Annual report on the working of the lock hospitals in the Central Provinces
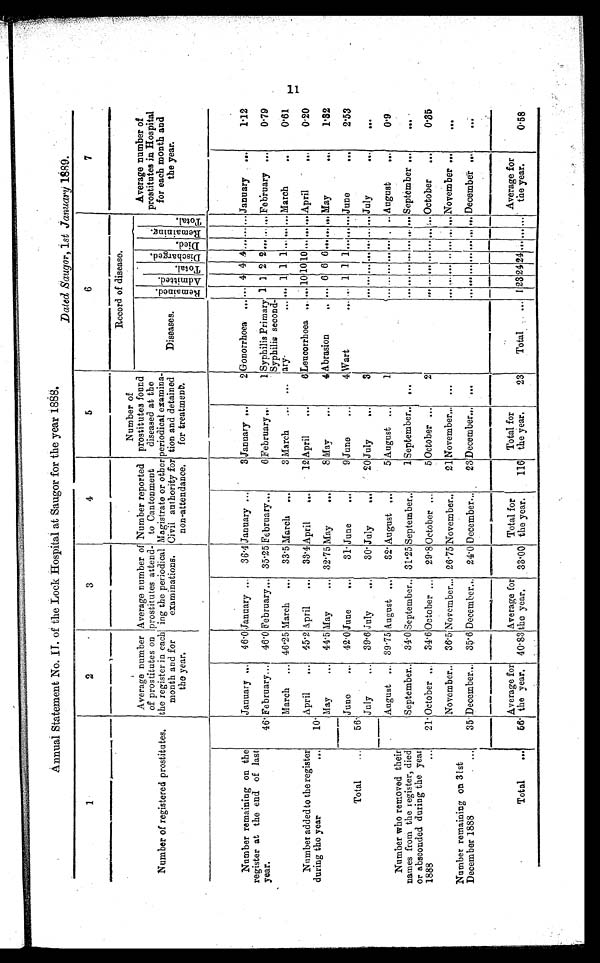
Annual Statement No. IL of the Lock Hospital at Saugor for the year 1888.
Dated Saugor, 1st January 1889.
1
2
3
4
5
6
7
Number of registered prostitutes.
Average number
of prostitutes on
the register in each
month and for
the year.
Average number of
prostitutes attend-
ing the periodical
examinations.
Number reported
to Cantonment
Magistrate or other
Civil authority for
non-attendance.
Number of
prostitutes found
diseased at the
periodical examina
-tion and detained
for treatment
Record of disease.
Average number of
prostitutes in Hospital
for each month and
the year.
Diseases.
R e m a i n e d . A d m i t t e d
T o t a l
D i s c h a r r g e d .
D i e d . R e m a i n i n g
T o t a l
Number remaining on the
register at the end of last
year.
January...
46.0 January...
36.4 January...
3 January...
2 Gonorrhœa ... . . . 4 4 .4 ... ... ... January
. . .
1.12
46 February...
46.0 February... 35.25 February...
6 February...
1 Syphilis Primary 1 3 2 2 ... ... ... February ...
0.79
March
... 46.25 March
...
33.5 March ...
3 March
... ...
Syphilis second-
ary... ... 1 1 1... ... ... March
. . .
0.61
Number added to there register
during the year...
April
...
45.2 April
...
33.4 April
...
12 April
...
6 Leucorrhœa ... .. 10 10 10 ... ... ... April
...
0.20
10
May
. . . 44.5 May
... 32.75 May
...
8 May...
4 Abrasion
. . . ... 6 6 6 . . . . . . ... May
. . .
1.32
Total
...
56
June
...
42.0 June
...
31 June
. . .
9 June
...
4 Wart
. . .
. . . 1 1
1 ... . . . . . . June
. . .
2.53
July
. . . 39.6 July
...
30 July
. . .
20 July
. . .
3
. . .
. . .
. . .
. . .
. . .
. . .
. . . July
...
. . .
August ... 39.75 August ...
32 August ...
5 August ...
1
... ... ... . . . . . . . . .. August
...
0.9
Number who removed their
names from the register, died
or absconded during the year
1888
...
September..
34.0 September... 31.25 September...
1 September... ...
. . . . . . . . . . . . . . . ... . . . September ...
. . .
21 October ..
34.6 October ...
29.8 October ...
5 October ...
2
.. . . . . . . . . . . . . . . . ;..October
...
0.35
Number remaining on 31st
December 1888
November..
36.5 November... 26.75 November..
21 November... ...
... . . . . . . . . . . . . . . . ... November...
. . .
35 December...
35.6 December...
24.0 December...
203 December... ...
. . . . . . . . . . . . . . . . . . . . . December
. . .
. . .
Total
. . .
56
Average for
the year. 40.83
Average for
the year.
33.00
Total for
the year.
116
Total for
the Year.
23
Total
1
28 24 24.
. . .
. . .
. . .
Average for
the year.
0.58
11